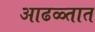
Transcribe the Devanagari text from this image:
आढळ्तात